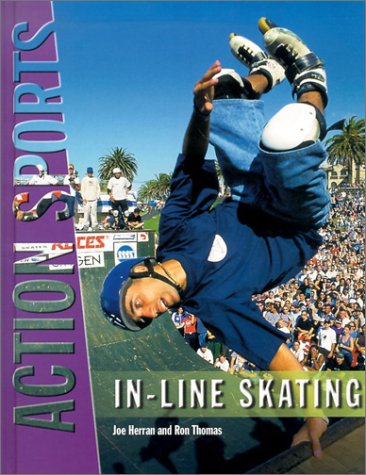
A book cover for In-Line Skating (Action Sports (Chelsea House Publications)); Joe Herran; Sports & Outdoors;